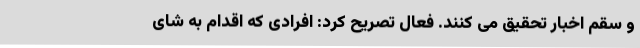
و سقم اخبار تحقیق می کنند. فعال تصریح کرد: افرادی که اقدام به شای